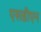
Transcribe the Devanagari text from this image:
एसडीएन